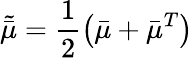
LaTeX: \tilde{\bar{\mu}}=\frac{1}{2}\left(\bar{\mu}+\bar{\mu}^{T}\right)